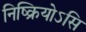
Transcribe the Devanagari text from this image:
निष्क्रियोऽसि